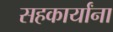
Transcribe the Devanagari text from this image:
सहकार्यांना